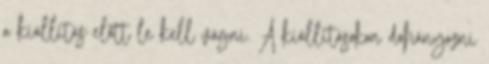
a kiállítás előtt le kell vágni. A kiállításokon dohányozni